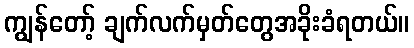
ကျွန်တော့် ချက်လက်မှတ်တွေအခိုးခံရတယ်။